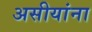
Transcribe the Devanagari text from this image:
असीयांना